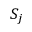
S _ { j }